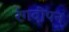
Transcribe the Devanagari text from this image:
रंगदीपन